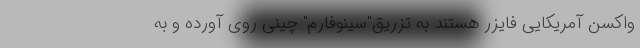
واکسن آمریکایی فایزر هستند به تزریق"سینوفارم" چینی روی آورده و به